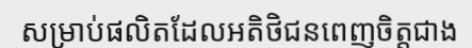
សម្រាប់ផលិតដែលអតិថិជនពេញចិត្តជាង